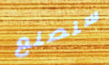
سنصنع